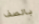
بالصف